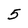
Character: 5